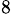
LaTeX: ^8